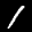
Label: 1